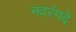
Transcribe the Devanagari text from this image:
नवरंगदे